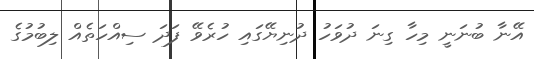
އޭނާ ބުނަނީ މިހާ ގިނަ ދުވަހު ދުނިޔޭގައި ހުރެވޭ ފަދަ ސިއްހަތެއް ލިބުމުގެ